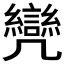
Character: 𠙳